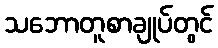
သဘောတူစာချုပ်တွင်